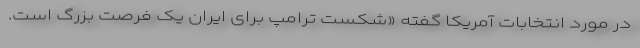
در مورد انتخابات آمریکا گفته «شکست ترامپ برای ایران یک فرصت بزرگ است.